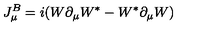
J _ { \mu } ^ { B } = i ( W \partial _ { \mu } W ^ { * } - W ^ { * } \partial _ { \mu } W )